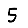
Digit: 5